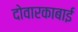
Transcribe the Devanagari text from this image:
दोवारकाबाई